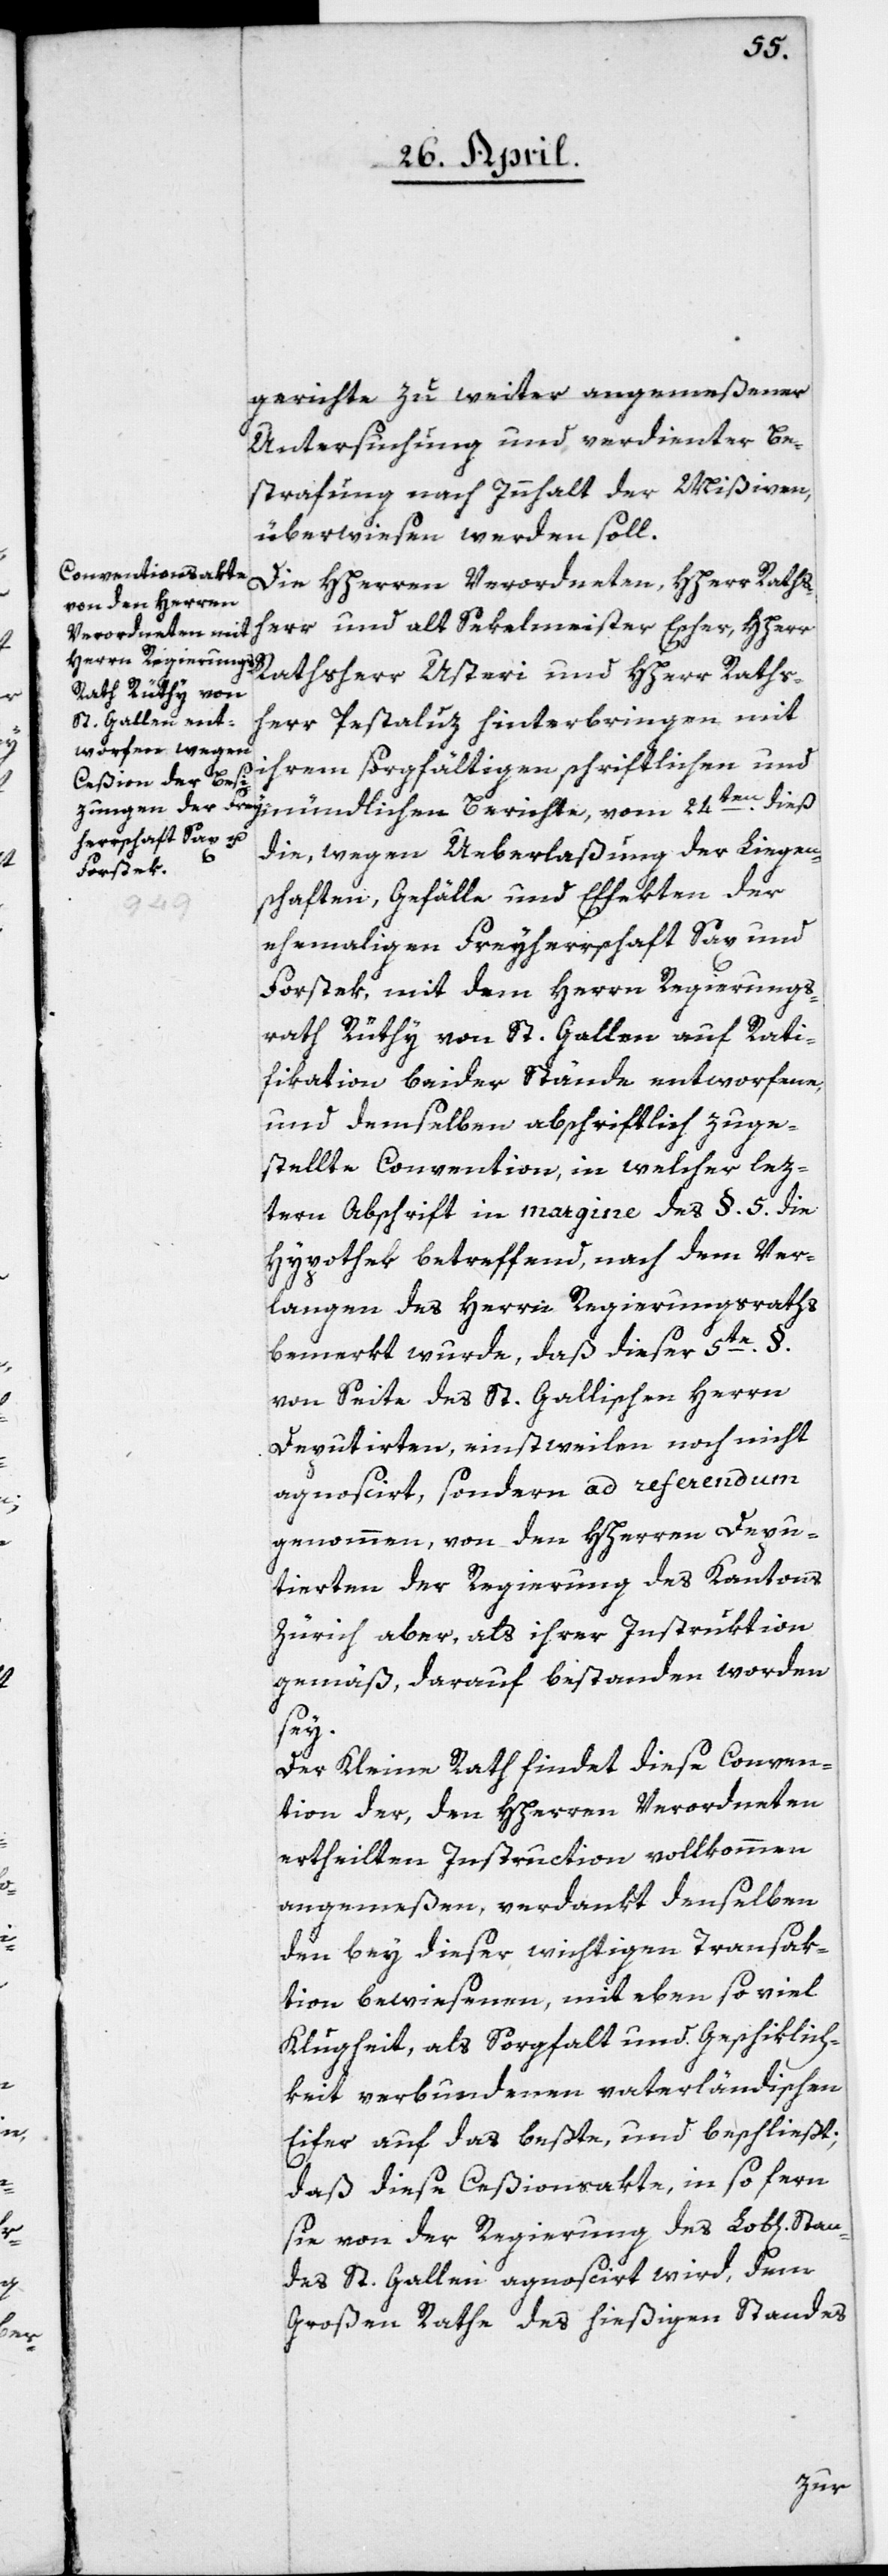
gerichte zu weiter angemeßener
Untersuchung und verdienter Be¬
strafung nach Innhalt der Mißiven,
überwiesen werden soll.
Die HHerren Verordneten, HHerr Raths¬
herr und alt Sekelmeister Escher, HHerr
Rathsherr Usteri und HHerr Raths¬
herr Petaluz, hinterbringen mit
ihrem sorgfältigen schriftlichen und
die, wegen Ueberlaßung der Liegen¬
schaften, Gefälle und Effekten der
Stan¬
ehemaligen Freyherrschaft Sax und
Forstek, mit dem Herrn Regierungs¬
rath Rüthy von St. Gallen auf Rati¬
fikation beider Stände entworfene,
und demselben abschriftlich zuge¬
stellte Convention, in welcher lez¬
tern Abschrift in margine des §. 5 die
Hypothek betreffend, nach dem Ver¬
langen des Herrn Regierungsraths
bemerkt wurde, daß dieser 5te §.
von Seite des St. Gallischen Herrn
Deputirten, einstweilen noch nicht
agnoscirt, sondern ad referendum
genommen, von den HHerren Depu¬
tierten der Regierung des Kantons
Zürich aber, als ihrer Instruktion
gemäß, darauf bestanden worden
sey.
Der Kleine Rath findet diese Conven¬
tion der, den HHerren Verordneten
ertheilten Instruction vollkommen
angemeßen, verdankt denselben
den bey dieser wichtigen Transak¬
tion bewiesenen, mit eben so viel
Klugheit, als Sorgfalt und Geschiklich¬
keit verbundenen vaterländischen
Eifer auf das beßte, und beschließt,
daß diese Ceßionsakte, in so fern
sie von der Regierung des Lob[lichen]
des St. Gallen agnoscirt wird, dem
Großen Rathe des hießigen Standes